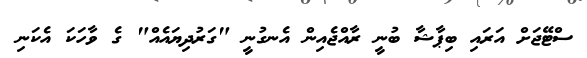
ސްޓޭޖަށް އަރައި ބިޕާޝާ ބުނީ ރާއްޖެއިން އެނގުނީ "ގަރުދިޔައެއް" ގެ ވާހަކަ އެކަނި